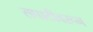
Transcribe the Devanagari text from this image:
सपाटीवरून